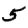
Digit: 5